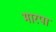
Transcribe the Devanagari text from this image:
मारपा